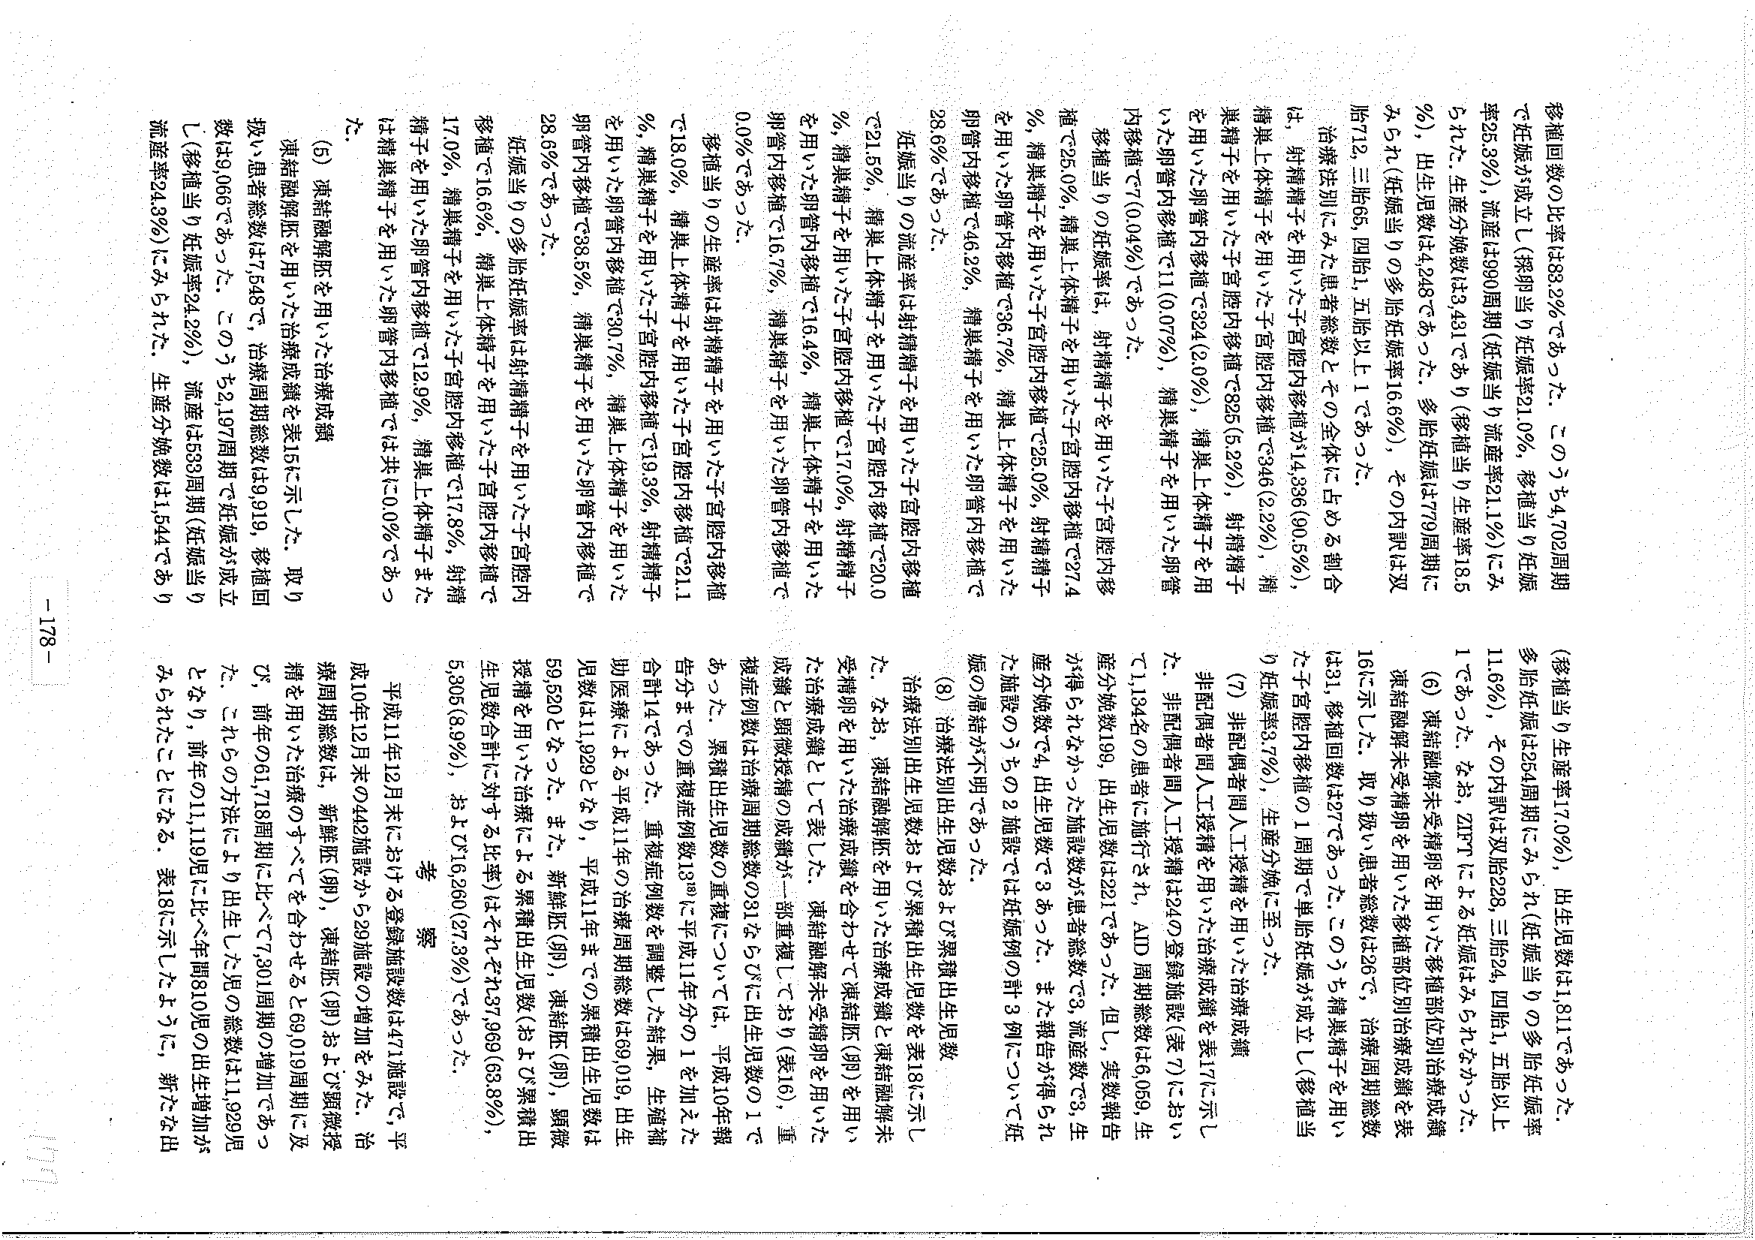
移植回数の比率は83.2%であった。このうち4,702周期（移植当り生産率17.0%），出生児数は1,811であった。
で妊娠が成立し（採卵当り妊娠率21.0%，移植当り妊娠率25.3%），流産は90周期（妊娠当り流産率21.1%）にみられた。生産分娩数は3,431であり（移植当り生産率18.5%），出生児数は4,248であった。多胎妊娠は770周期にみられ（妊娠当り多胎妊娠率16.6%），その内訳は双胎712，三胎65，四胎1，五胎以上1であった。

治療法別にみた患者総数とその全体に占める割合は，射精精子を用いた子宮腔内移植が14,336（90.5%），精巣上体精子を用いた子宮腔内移植で246（2.2%），精巣精子を用いた子宮腔内移植で325（5.2%），射精精子を用いた卵管内移植で324（2.0%），精巣上体精子を用いた卵管内移植で11（0.07%），精巣精子を用いた卵管内移植で7（0.04%）であった。

移植当りの妊娠率は，射精精子を用いた子宮腔内移植で25.0%，精巣上体精子を用いた子宮腔内移植で27.4%，精巣精子を用いた子宮腔内移植で23.0%，射精精子を用いた卵管内移植で36.7%，精巣上体精子を用いた卵管内移植で46.2%，精巣精子を用いた卵管内移植で28.6%であった。

妊娠当りの流産率は射精精子を用いた子宮腔内移植で21.5%，精巣上体精子を用いた子宮腔内移植で20.0%，精巣精子を用いた子宮腔内移植で17.0%，射精精子を用いた卵管内移植で16.4%，精巣上体精子を用いた卵管内移植で16.7%，精巣精子を用いた卵管内移植で0.0%であった。

移植当りの生産率は射精精子を用いた子宮腔内移植で18.0%，精巣上体精子を用いた子宮腔内移植で21.1%，精巣精子を用いた子宮腔内移植で19.3%，射精精子を用いた卵管内移植で30.7%，精巣上体精子を用いた卵管内移植で38.5%，精巣精子を用いた卵管内移植で28.6%であった。

妊娠当りの多胎妊娠率は射精精子を用いた子宮腔内移植で16.6%，精巣上体精子を用いた子宮腔内移植で17.0%，精巣精子を用いた子宮腔内移植で17.8%，射精精子を用いた卵管内移植で12.9%，精巣上体精子または精巣精子を用いた卵管内移植では共に0.0%であった。

（5）凍結融解胚を用いた治療成績
凍結融解胚を用いた治療成績を表15に示した。取り扱い患者総数は7,543で，治療周期総数は9,919，移植回数は9,066であった。このうち2,197周期で妊娠が成立し（移植当り妊娠率24.2%），流産は553周期（妊娠当り流産率24.3%）にみられた。生産分娩数は1,544であり

多胎妊娠は256周期にみられ（妊娠当り多胎妊娠率11.6%），その内訳は双胎228，三胎24，四胎1，五胎以上1であった。なお，ZIFTによる妊娠はみられなかった。

（6）凍結融解未受精卵を用いた移植部位別治療成績
凍結融解未受精卵を用いた移植部位別治療成績を表16に示した。取り扱い患者総数は26で，治療周期総数は31，移植回数は27であった。このうち精巣精子を用いた子宮腔内移植の1周期で単胎妊娠が成立し（移植当り妊娠率3.7%），生産分娩に至った。

（7）非配偶者間人工授精を用いた治療成績
非配偶者間人工授精を用いた治療成績を表17に示した。非配偶者間人工授精は24の登録施設（表7）において1,134名の患者に施行され，AID周期総数は6,059，生産分娩数199，出生児数は221であった。但し，実数報告が得られなかった施設数が患者総数で3，流産数で3，生産分娩数で4，出生児数で3あった。また報告が得られなかった施設のうちの2施設では妊娠例の計3例について妊娠の帰結が不明であった。

（8）治療法別出生児数および累積出生児数
治療法別出生児数および累積出生児数を表18に示した。なお，凍結融解胚を用いた治療成績と凍結融解未受精卵を用いた治療成績を合わせて凍結胚（卵）を用いた治療成績として表した。凍結融解未受精卵を用いた成績と顕微授精の成績が一部重複しており（表16），重複症例数は治療周期総数の31から50に出生児数の1であった。果報出生児数の重複については，平成10年報告分までの重複症例数13例に平成11年分の1を加えた合計14であった。重複症例数を調整した結果，生殖補助医療による平成11年の治療周期総数は69,019，出生児数は11,929となり，平成11年までの累積出生児数は59,520となった。また，新鮮胚（卵），凍結胚（卵），顕微授精を用いた治療による累積出生児数（および累積出生児数合計に対する比率）はそれぞれ37,969（63.8%），5,305（8.9%），および16,260（27.3%）であった。

考察
平成11年12月末における登録施設数は471施設で，平成10年12月末の442施設から29施設の増加をみた。治療周期総数は，新鮮胚（卵），凍結胚（卵）および顕微授精を用いた治療のすべてを合わせると69,019周期に及ぶ。前年の61,718周期に比べて7,301周期の増加であった。これらの方法により出生した児の総数は11,929児となり，前年の11,119児に比べ年間810児の出生増加がみられたことになる。表18に示したように，新たな出

-178-